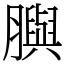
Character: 䑂